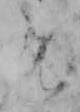
は